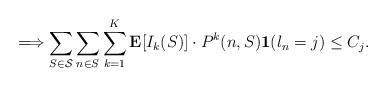
LaTeX: \begin{align*} \Longrightarrow \sum_{S \in \cal{S}} \sum_{n \in S} \sum_{k=1}^K \mathbf{E}[ I_k(S) ] \cdot P^k(n,S)\mathbf{1}(l_n = j) \leq C_j . \end{align*}